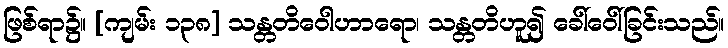
ဖြစ်ရာ၌။ [ကျမ်း ၁၃၈] သန္တတိဝေါဟာရော၊ သန္တတိဟူ၍ ခေါ်ဝေါ်ခြင်းသည်။